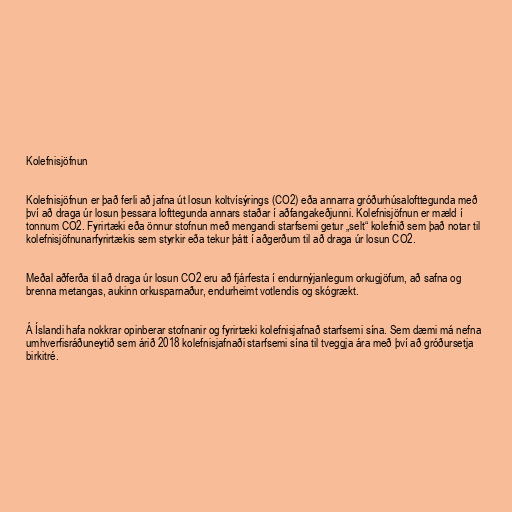
Kolefnisjöfnun

Kolefnisjöfnun er það ferli að jafna út losun koltvísýrings (CO2) eða annarra gróðurhúsalofttegunda með
því að draga úr losun þessara lofttegunda annars staðar í aðfangakeðjunni. Kolefnisjöfnun er mæld í
tonnum CO2. Fyrirtæki eða önnur stofnun með mengandi starfsemi getur „selt“ kolefnið sem það notar til
kolefnisjöfnunarfyrirtækis sem styrkir eða tekur þátt í aðgerðum til að draga úr losun CO2.

Meðal aðferða til að draga úr losun CO2 eru að fjárfesta í endurnýjanlegum orkugjöfum, að safna og
brenna metangas, aukinn orkusparnaður, endurheimt votlendis og skógrækt.

Á Íslandi hafa nokkrar opinberar stofnanir og fyrirtæki kolefnisjafnað starfsemi sína. Sem dæmi má nefna
umhverfisráðuneytið sem árið 2018 kolefnisjafnaði starfsemi sína til tveggja ára með því að gróðursetja
birkitré.